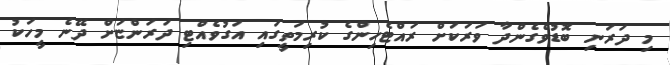
މި ދަރަނި ބޮޑުވެގެންދާ ވަރަކަށް ރައްޓެހިންގެ ކުރިމަތީގައި އަގުވެއްޓި ދަރަންޏަށް ދޭނެ މީހަކު